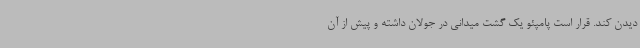
دیدن کند. قرار است پامپئو یک گشت میدانی در جولان داشته و پیش از آن